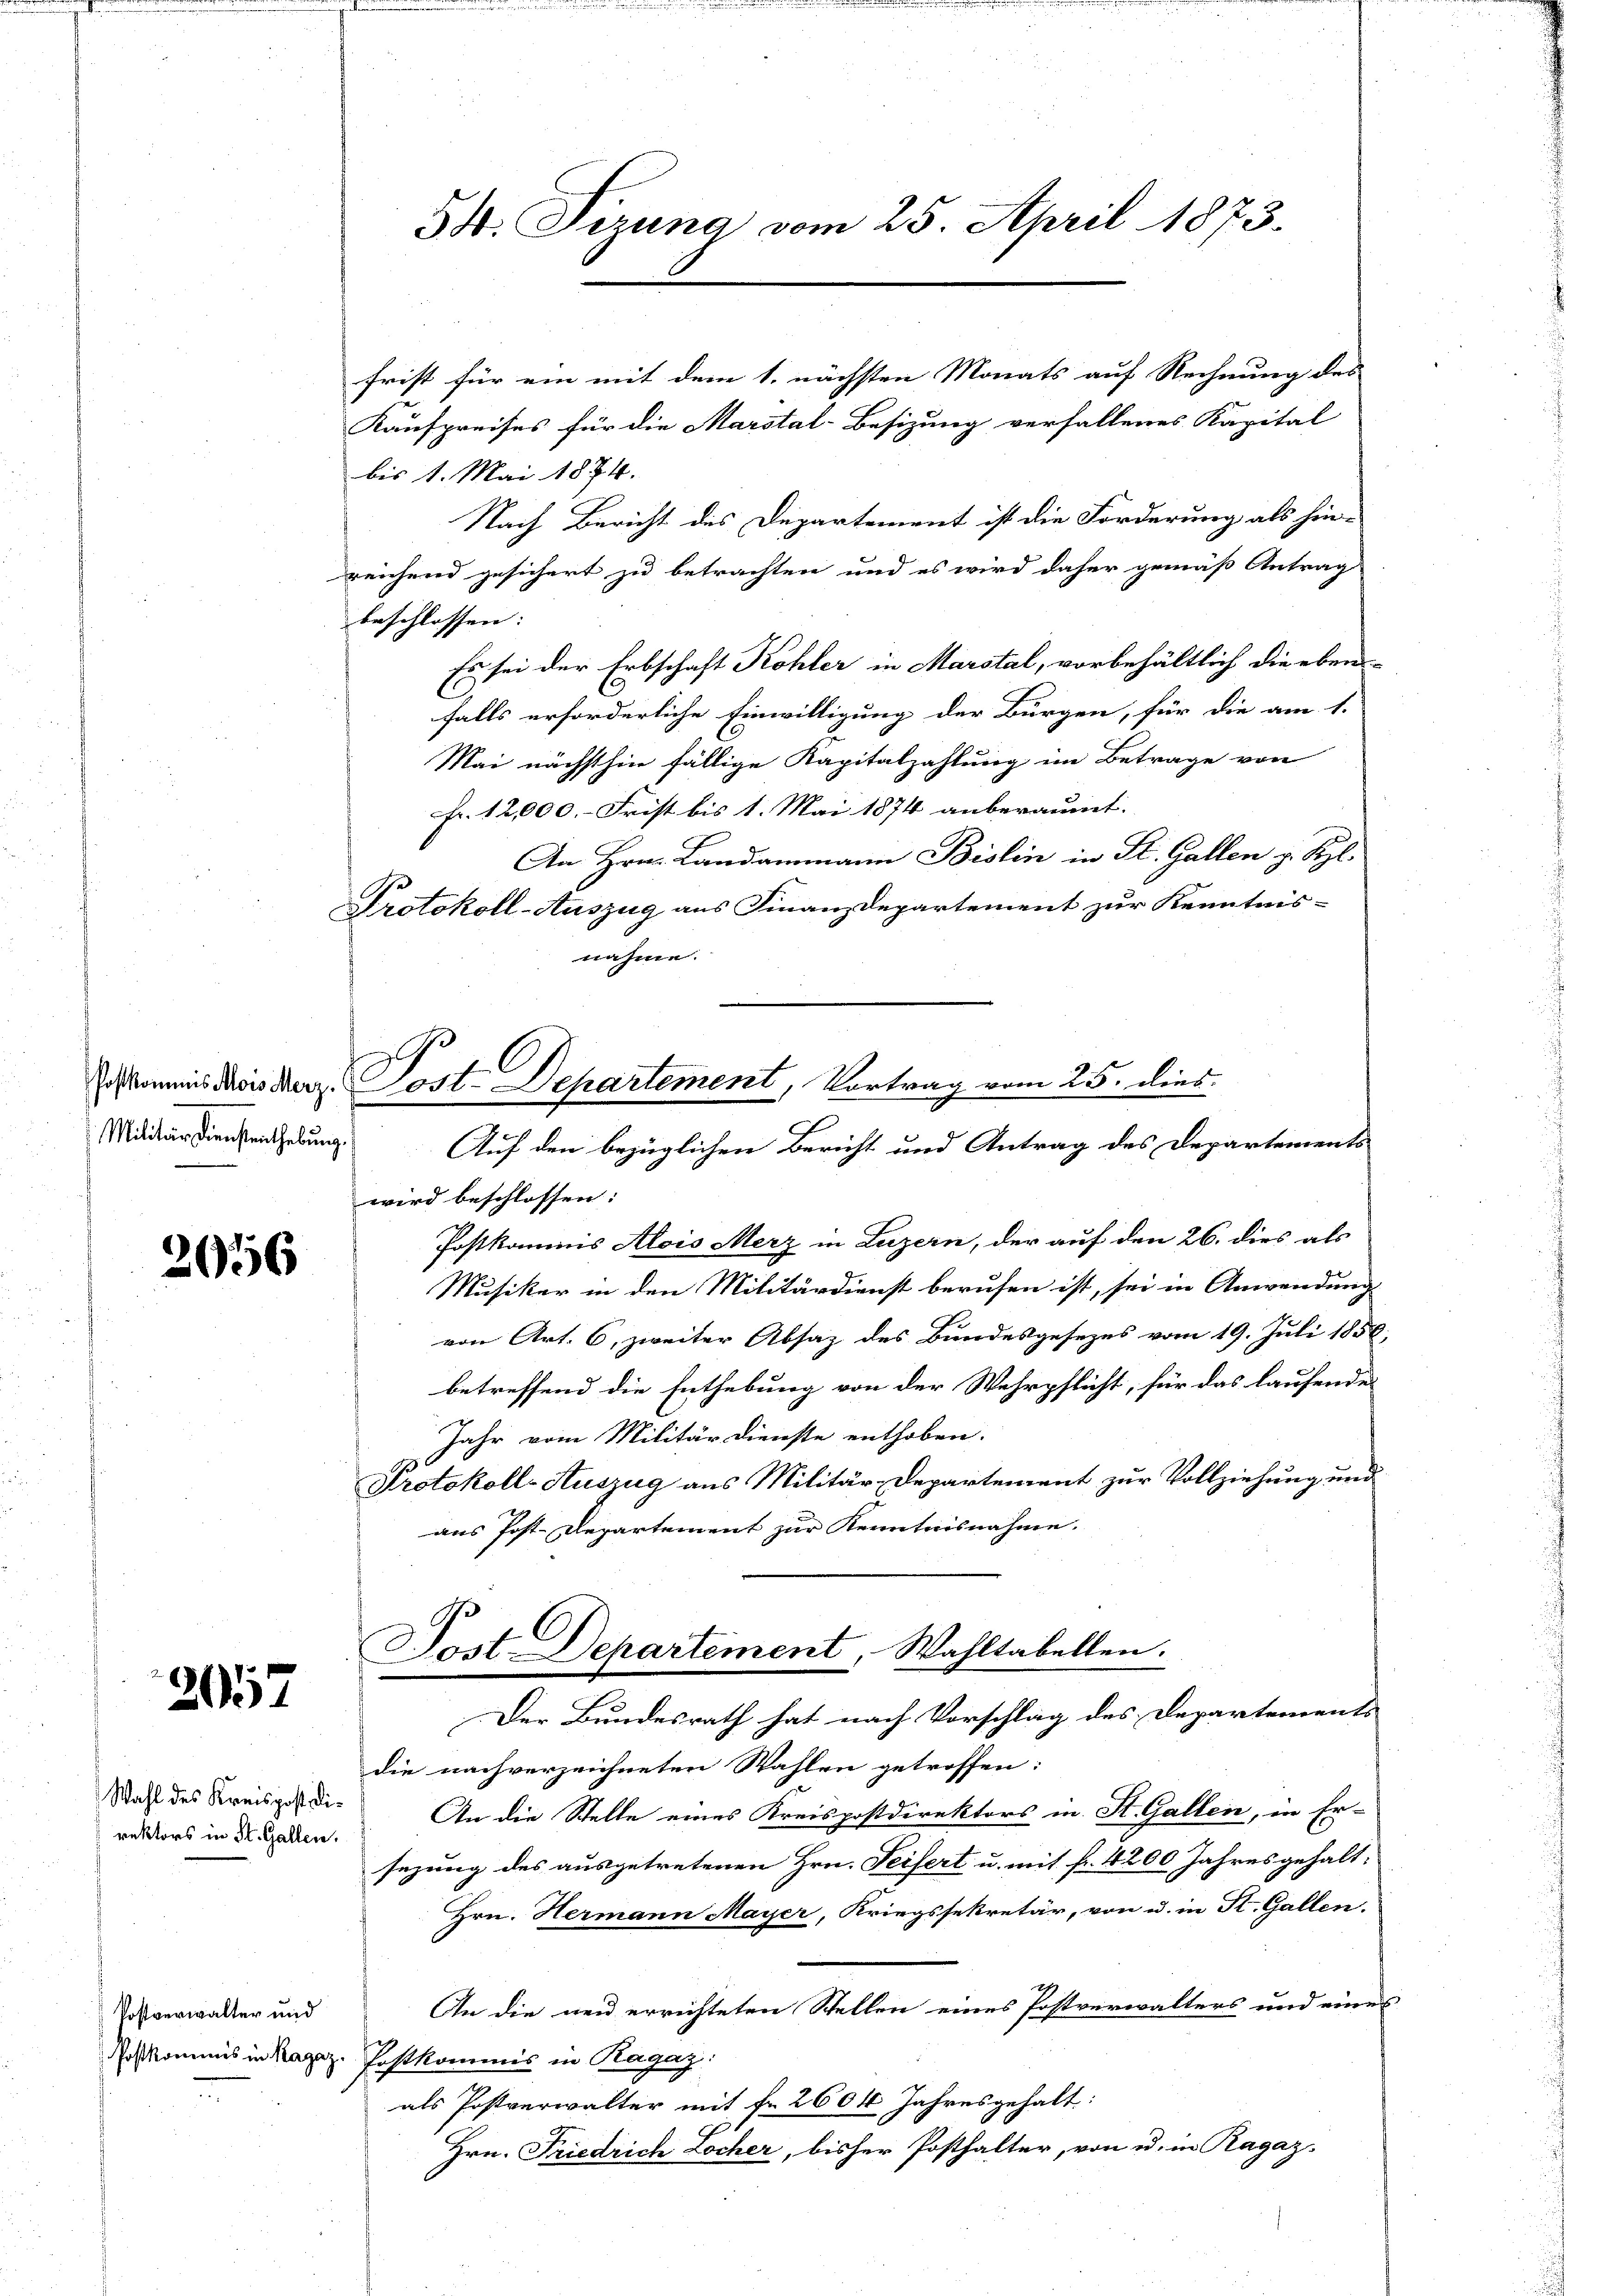
Militärdienstenthebung.

2956

2057

rektors in St. Gallen.

Postverwalter und

frist für ein mit dem 1. nächsten Monats auf Rechnung des
Kaufpreises für die Marstal-Besizung verfallenes Kapital
bis 1. Mai 1874.
Nach Bericht des Departement ist die Forderung als hinreichend gesichert zu betrachten und es wird daher gemäß Antrag
beschlossen:
Es sei der Erbschaft Kohler in Marstal, vorbehältlich die eben
falls erforderliche Einwilligung der Bürgen, für die am 1.
Mai nächsthin fällige Kapitalzahlung im Betrage von
Fr. 12,000.- Frist bis 1. Mai 1874 anberaumt.
An Hrn. Landammann Bislin in St. Gallen v. Spl.
Protokoll-Auszug aus Finanzdepartement zur Kenntnisnahme.
Auf den bezüglichen Bericht und Antrag des Departementswird beschlossen:
Postkommis Alois Merz in Luzern, der auf den 26. dies als
Musiker in den Militärdienst berufen ist, sei in Anwendung
von Art. 6, zweiter Absaz des Bundesgesezes vom 19. Juli 1858.
betreffend die Enthebung von der Wehrpflicht, für das laufende
Jahr vom Militärdienste enthoben.
Protokoll-Auszug aus Militär-Departement zur Vollziehung und
aus Post-Departement zur Kenntnisnahme.
Sost-Departement, Wahltabellen.
Der Bundesrath hat nach Vorschlag des Departements
die nachverzeichneten Wahlen getroffen:
Wahl des Kreisgardi. An die Stelle eines Kreispostdirektors in St. Gallen, in Er-
sezung des ausgetretenen Hrn. Peifert u. mit fr. 4200 Jahres gehalt.
Hrn. Hermann Mayer, Kriegssekretär, von u. in St. Gallen.
An die neu errichteten Stellen eines Postverwalters und eines
oskommis in Kapez. Postkommis in Ragaz
als Postverwalter mit fr. 2604 Jahresgehalt:
Hrn. Friedrich Locher, bisher Posthalter, von u. in Ragaz

54. Tizung vom 25. April 1873.

Ich kommis divis der Post-Departement, Vortrag vom 25. dies